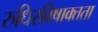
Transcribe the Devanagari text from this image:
रुधिरविषाक्तता